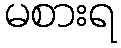
မစားရ